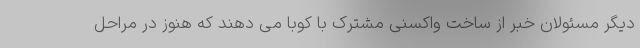
دیگر مسئولان خبر از ساخت واکسنی مشترک با کوبا می دهند که هنوز در مراحل